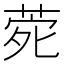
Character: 𮏑